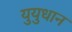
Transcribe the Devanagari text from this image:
युयुधान